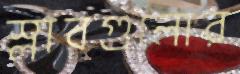
স্লাবগুলোর